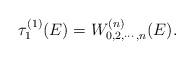
LaTeX: \begin{align*} \tau^{(1)}_1(E) =W^{(n)}_{0,2,\cdots,n}(E).\end{align*}